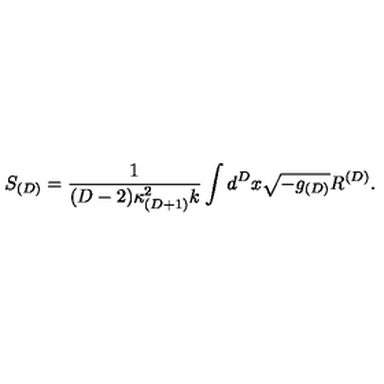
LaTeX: S _ { ( D ) } = \frac { 1 } { ( D - 2 ) \kappa _ { ( D + 1 ) } ^ { 2 } k } \int d ^ { D } x \sqrt { - g _ { ( D ) } } R ^ { ( D ) } .